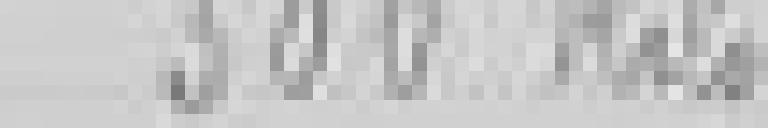
300 kilogrammes